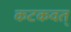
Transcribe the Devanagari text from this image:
कटकवत्